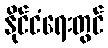
နိုင်ငံရေးတွင်